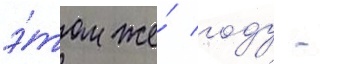
э́том же́ году -